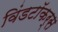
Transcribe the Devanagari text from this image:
विंडटॉकर्स